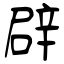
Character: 辟